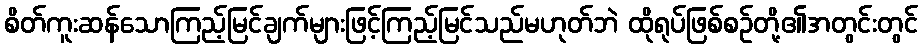
စိတ်ကူးဆန်သောကြည့်မြင်ချက်များဖြင့်ကြည့်မြင်သည်မဟုတ်ဘဲ ထိုရုပ်ဖြစ်စဉ်တို့၏အတွင်းတွင်